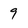
Character: 9